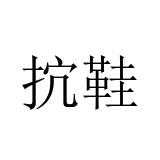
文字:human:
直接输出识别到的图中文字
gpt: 抭鞋